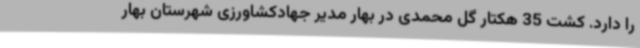
را دارد. کشت 35 هکتار گل محمدی در بهار مدیر جهادکشاورزی شهرستان بهار